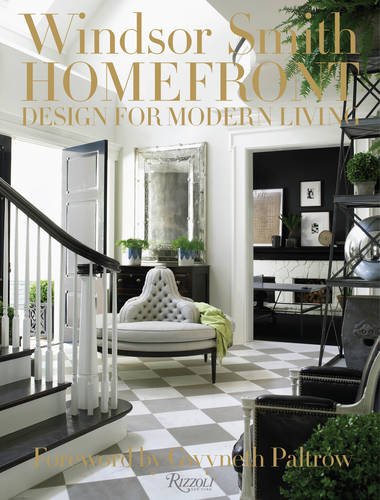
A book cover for Windsor Smith Homefront: Design for Modern Living; Windsor Smith; Crafts, Hobbies & Home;